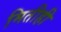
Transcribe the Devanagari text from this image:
मितीही